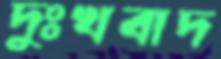
দুঃখবাদ